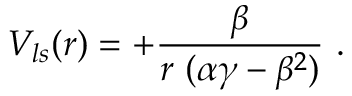
V _ { l s } ( r ) = { \displaystyle + \frac { \beta } { r ~ ( \alpha \gamma - \beta ^ { 2 } ) } } ~ .